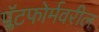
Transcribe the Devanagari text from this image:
प्लॅटफोर्मवरील